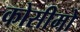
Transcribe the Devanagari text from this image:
कोसीमो